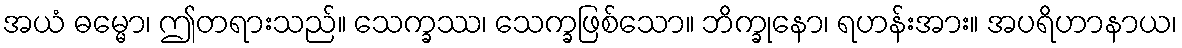
အယံ ဓမ္မော၊ ဤတရားသည်။ သေက္ခဿ၊ သေက္ခဖြစ်သော။ ဘိက္ခုနော၊ ရဟန်းအား။ အပရိဟာနာယ၊